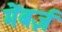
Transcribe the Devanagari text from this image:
मेंबर्ज़